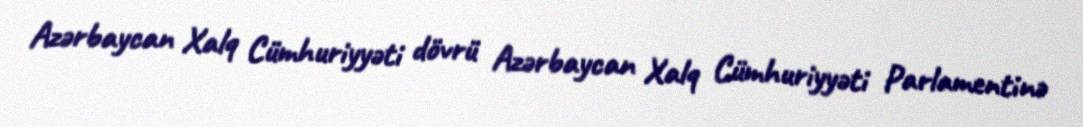
Azərbaycan Xalq Cümhuriyyəti dövrü Azərbaycan Xalq Cümhuriyyəti Parlamentinə